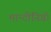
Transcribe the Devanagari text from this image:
मान्टीनिग्रो